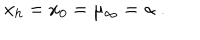
x _ { h } = x _ { 0 } = \mu _ { \infty } = \alpha \ .